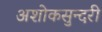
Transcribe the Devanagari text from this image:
अशोकसुन्दरी